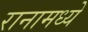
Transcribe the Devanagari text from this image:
रानामध्ये